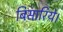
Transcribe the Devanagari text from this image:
बिसारिये।